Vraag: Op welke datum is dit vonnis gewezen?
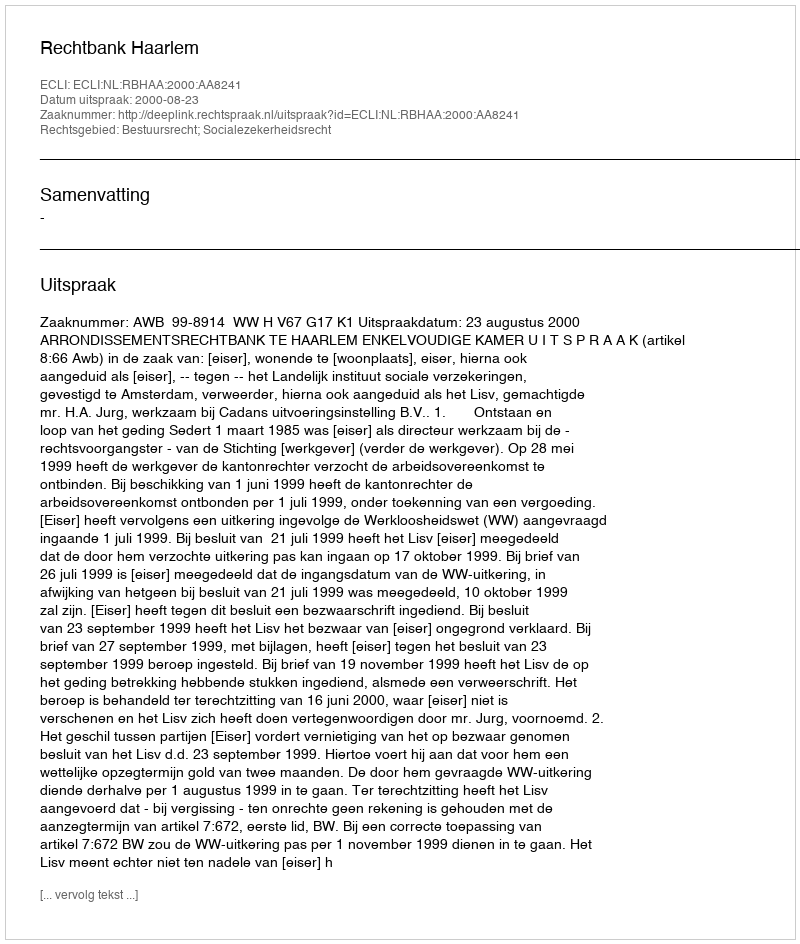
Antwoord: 2000-08-23